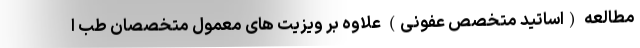
مطالعه (اساتید متخصص عفونی) علاوه بر ویزیت های معمول متخصصان طب ا